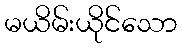
မယိမ်းယိုင်သော